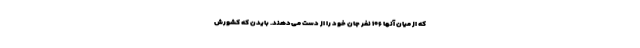
که از میان آنها ۱۰۶ نفر جان خود را از دست می‌دهند. بایدن که کشورش